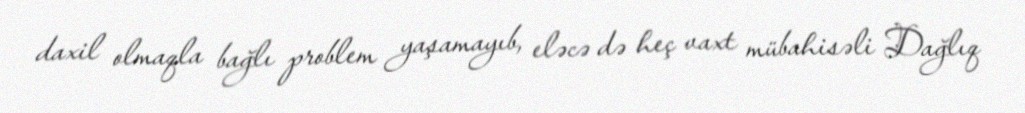
daxil olmaqla bağlı problem yaşamayıb, eləcə də heç vaxt mübahisəli Dağlıq